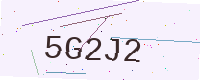
Text: 5G2J2